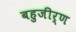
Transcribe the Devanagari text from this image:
बहुजीर्ण